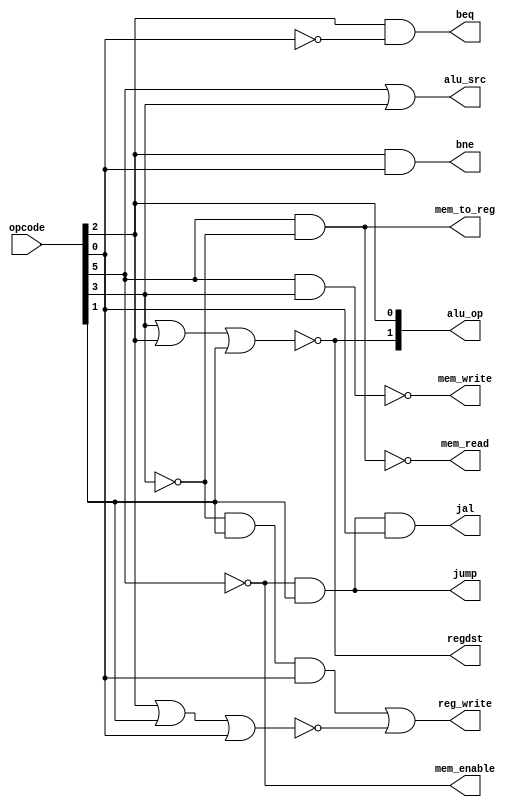
module CONTROL(
    opcode,
    regdst,
    jump,
    beq,
    bne,
    mem_read,
    mem_to_reg,
    alu_op,
    mem_write,
    alu_src,
    reg_write,
    mem_enable,
    jal
);

input wire  [5:0] opcode;
output wire regdst;
output wire jump;
output wire beq;
output wire bne;
output wire mem_read;
output wire mem_to_reg;
output wire [1:0] alu_op;
output wire mem_write;
output wire alu_src;
output wire reg_write;
output wire mem_enable;
output wire jal;

// assign regdst = (opcode == `RTYPE) ? 1 : 0;
// assign jump = (opcode == `J || opcode == `JAL) ? 1 : 0;
// assign beq = (opcode == `BEQ) ? 1 : 0;
// assign bne = (opcode == `BNE) ? 1 : 0;
// assign mem_read = (opcode == `LW) ? 0 : 1;
// assign mem_to_reg = (opcode == `LW) ? 1 : 0;
// assign alu_op = (opcode == `RTYPE) ? 2'b10 : (
//                 (opcode == `LW || opcode == `SW || opcode == `I_ADDI) ? 2'b00 : (
//                 (opcode == `BEQ || opcode == `BNE) ? 2'b01 : 2'b11
//                 ));
// assign mem_write = (opcode == `SW) ? 0 : 1;
// assign alu_src = (opcode == `LW || opcode == `SW || opcode == `I_ADDI) ? 1 : 0;
// assign reg_write = (opcode == `RTYPE || opcode == `LW || opcode == `I_ADDI || opcode == `JAL) ? 1 : 0;
// assign mem_enable = (opcode == `LW || opcode == `SW) ? 0 : 1;
// assign jal = (opcode == `JAL) ? 1 : 0;
//assign jr = (opcode == `RTYPE && ins == `JR) ? 1 : 0;

assign regdst = ~(opcode[3] | opcode[2] | opcode[1]);
assign jump = (~opcode[5] & opcode[1]);
assign beq = (opcode[2] & ~opcode[0]);
assign bne = (opcode[2] & opcode[0]);
assign mem_read = ~mem_to_reg;
assign mem_to_reg = (opcode[5] & ~opcode[3]);
// assign alu_op = (regdst) ? 2'b10 : (
//                 (alu_src) ? 2'b00 : (
//                 (opcode[2]) ? 2'b01 : 2'b11
//                 ));
assign alu_op[1] = regdst;
assign alu_op[0] = opcode[2];

assign mem_write = ~(opcode[5] & opcode[3]);
assign alu_src = (opcode[5] | opcode[3]);
assign reg_write = (~opcode[3] & opcode[1] & opcode[0] | ~(opcode[2] | opcode[1] | opcode[0]));
assign mem_enable = (~opcode[5]);
assign jal = (~opcode[5] & opcode[1] & opcode[0]);


endmodule